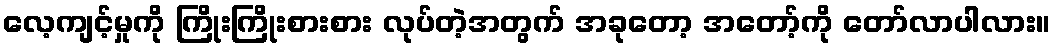
လေ့ကျင့်မှုကို ကြိုးကြိုးစားစား လုပ်တဲ့အတွက် အခုတော့ အတော့်ကို တော်လာပါလား။